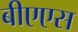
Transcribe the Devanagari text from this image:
बीएएस